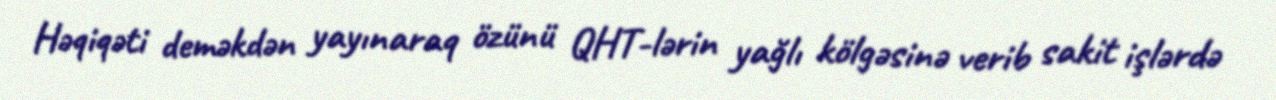
Həqiqəti deməkdən yayınaraq özünü QHT-lərin yağlı kölgəsinə verib sakit işlərdə